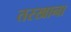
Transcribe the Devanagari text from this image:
तरखाना